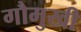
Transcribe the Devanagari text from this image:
गौमुखी